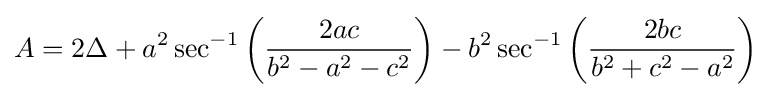
A=2\Delta +a^{2}\sec ^{-1}\left({\frac {2ac}{b^{2}-a^{2}-c^{2}}}\right)-b^{2}\sec ^{-1}\left({\frac {2bc}{b^{2}+c^{2}-a^{2}}}\right)